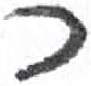
אות: כ